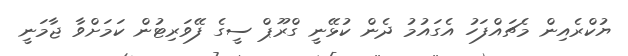
ޔުކްރެއިން މެޗައްފަހު އެގަައުމު ދެން ކުޅޭނީ ގްރޫޕް ސީގެ ފޭވަރިޓުން ކަމަށްވާ ޖާމަނީ